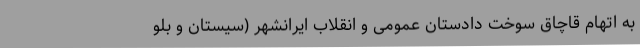
به اتهام قاچاق سوخت دادستان عمومی و انقلاب ایرانشهر (سیستان و بلو